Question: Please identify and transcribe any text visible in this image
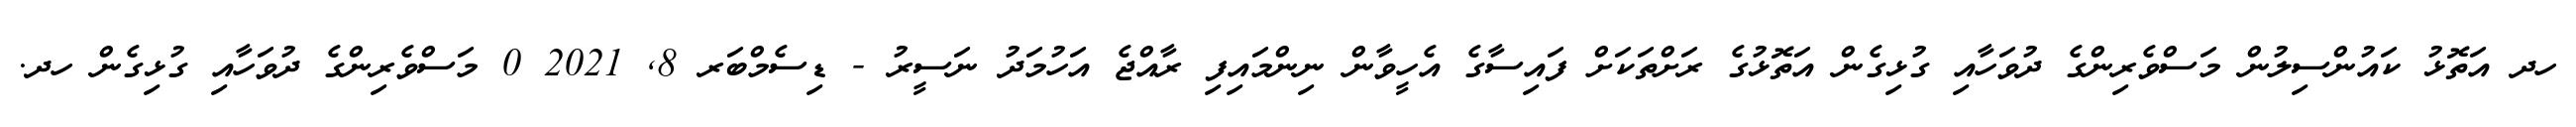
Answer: ހދ އަތޮޅު ކައުންސިލުން މަސްވެރިންގެ ދުވަހާއި ގުޅިގެން އަތޮޅުގެ ރަށްތަކަށް ފައިސާގެ އެހީވާން ނިންމައިފި ރާއްޖެ އަހުމަދު ނަސީރު - ޑިސެމްބަރ 8, 2021 0 މަސްވެރިންގެ ދުވަހާއި ގުޅިގެން ހދ.